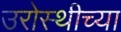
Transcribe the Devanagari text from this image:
उरोस्थीच्या